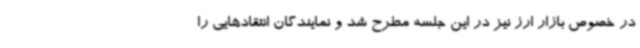
در خصوص بازار ارز نیز در این جلسه مطرح شد و نمایندگان انتقادهایی را